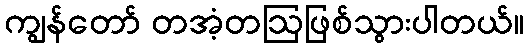
ကျွန်တော် တအံ့တဩဖြစ်သွားပါတယ်။